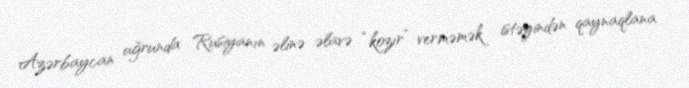
Azərbaycan uğrunda Rusiyanın əlinə əlavə “kozır” verməmək istəyindən qaynaqlana